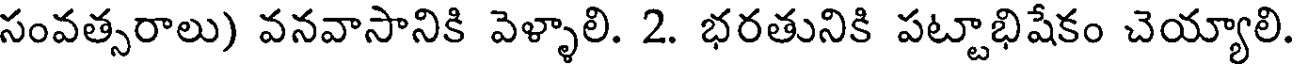
సంవత్సరాలు) వనవాసానికి వెళ్ళాలి. 2. భరతునికి పట్టాభిషేకం చెయ్యాలి.